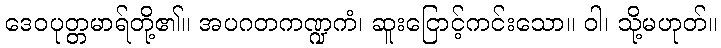
ဒေဝပုတ္တမာရ်တို့၏။ အပဂတကဏ္ဍကံ၊ ဆူးငြောင့်ကင်းသော။ ဝါ၊ သို့မဟုတ်။